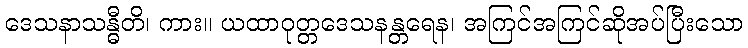
ဒေသနာသန္ဓီတိ၊ ကား။ ယထာဝုတ္တဒေသနန္တရေန၊ အကြင်အကြင်ဆိုအပ်ပြီးသော